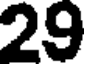
29